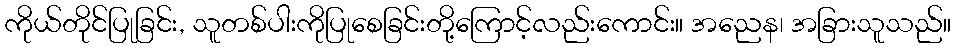
ကိုယ်တိုင်ပြုခြင်း, သူတစ်ပါးကိုပြုစေခြင်းတို့ကြောင့်လည်းကောင်း။ အညေန၊ အခြားသူသည်။